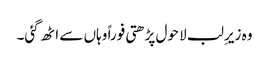
وہ زیرِ لب لا حول پڑھتی فوراً وہاں سے اٹھ گئی۔